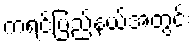
ကရင်ပြည်နယ်အတွင်း